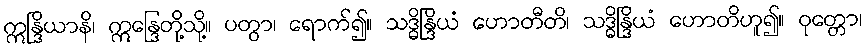
ဣန္ဒြိယာနိ၊ ဣန္ဒြေတို့သို့။ ပတွာ၊ ရောက်၍။ သဒ္ဓိန္ဒြိယံ ဟောတီတိ၊ သဒ္ဓိန္ဒြိယံ ဟောတိဟူ၍။ ဝုတ္တော၊